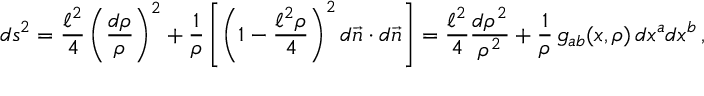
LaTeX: d s _ { \L } ^ { 2 } = { \frac { \ell ^ { 2 } } { 4 } } \left( { \frac { d \rho } { \rho } } \right) ^ { 2 } + { \frac { 1 } { \rho } } \left[ \left( 1 - { \frac { \ell ^ { 2 } \rho } { 4 } } \right) ^ { 2 } d \vec { n } \cdot d \vec { n } \right] = { \frac { \ell ^ { 2 } } { 4 } } { \frac { d \rho ^ { 2 } } { \rho ^ { 2 } } } + { \frac { 1 } { \rho } } \, g _ { a b } ( x , \rho ) \, d x ^ { a } d x ^ { b } \, ,